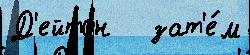
Д'ейтон   зат'е́м